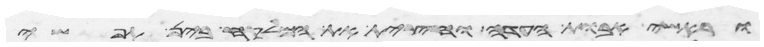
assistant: וראשי אבות העדה וחצית את המלקח בין תפשי